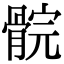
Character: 䯘